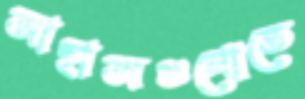
জাহাজগুলোতে